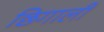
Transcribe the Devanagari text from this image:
छिगाली